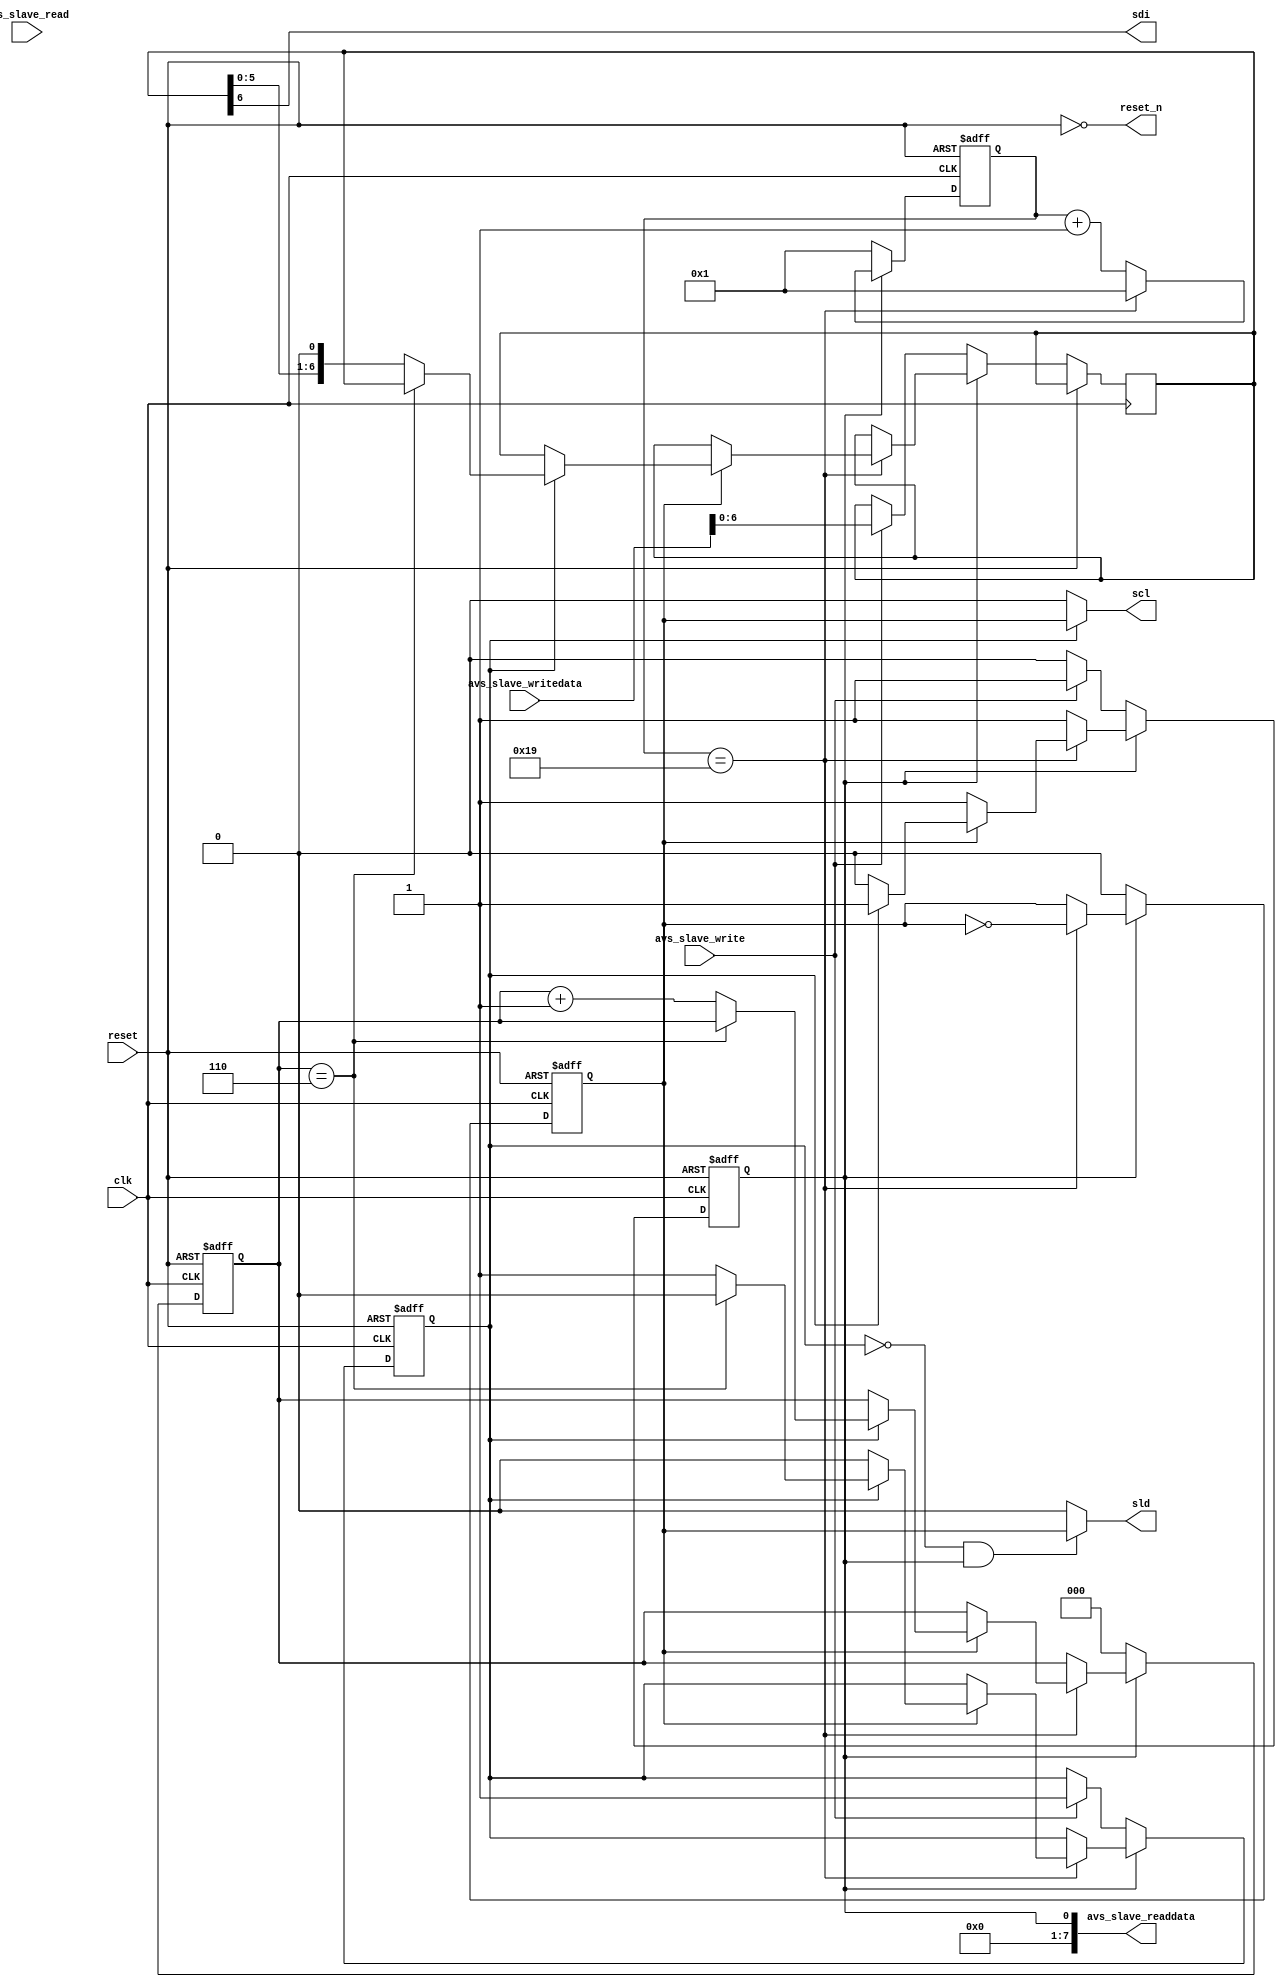
module lvds2lcds_1 (
	input clk,
	input reset,
	input            avs_slave_write,
	input            avs_slave_read,
	input       [7:0]avs_slave_writedata,
	output      [7:0]avs_slave_readdata,
	output           reset_n,
	output           scl,
	output           sdi,
	output           sld
);
	parameter        divider = 50;
	reg         [8:0]clk_counter;
	reg              div_clk;
	reg              scl_en;
	reg         [6:0]shift_buffer;
	reg              shift_busy;
	reg         [2:0]shift_counter;
	assign reset_n            = !reset;
	assign avs_slave_readdata = shift_busy;
	assign scl                = scl_en ? div_clk : 0;
	assign sld                = (!scl_en && shift_busy) ? div_clk : 0;
	assign sdi                = shift_buffer[6];
	always @(posedge clk or posedge reset)
	begin
		if(reset)
		begin
			clk_counter   <= 1;
			div_clk       <= 0;
			scl_en        <= 0;
			shift_busy    <= 0;
			shift_counter <= 0;
		end
		else
		begin	
			if(shift_busy)
			begin
				if(clk_counter == (divider/2))
				begin
					clk_counter <= 1;
					div_clk     <= !div_clk;
					if(div_clk)
					begin
						if(!scl_en)
						begin
							shift_busy <= 0;
						end
						else
						begin
							if(shift_counter == 6)
							begin
								scl_en        <= 0;
							end
							else
							begin
								shift_counter <= shift_counter + 1;
								shift_buffer  <= shift_buffer << 1;
							end
						end
					end
				end
				else
				begin
					clk_counter = clk_counter + 1;
				end
			end
			else
			begin
				clk_counter   <= 1;
				shift_counter <= 0;
				div_clk       <= 0;
				if(avs_slave_write)
				begin
					shift_buffer <= avs_slave_writedata;
					shift_busy   <= 1;
					scl_en       <= 1;
				end
			end
		end
	end
endmodule